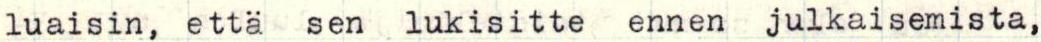
luaisin, että sen lukisitte  ennen julkaisemista,